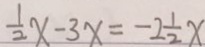
\frac { 1 } { 2 } x - 3 x = - 2 \frac { 1 } { 2 } x